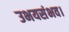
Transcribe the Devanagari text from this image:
उभयसंभव।